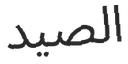
الصيد